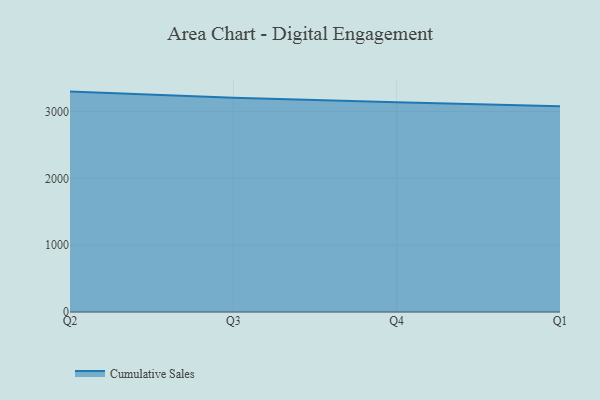
{"axis": {"x": "Quarter", "y": "Operating Costs (USD K)"}, "legend": ["Cumulative Sales"], "data": [{"x": "Q2", "y": 3298.2, "type": "Cumulative Sales"}, {"x": "Q3", "y": 3207.0, "type": "Cumulative Sales"}, {"x": "Q4", "y": 3139.4, "type": "Cumulative Sales"}, {"x": "Q1", "y": 3080.8, "type": "Cumulative Sales"}]}